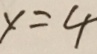
y = 4